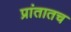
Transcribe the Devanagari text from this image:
प्रांतातच